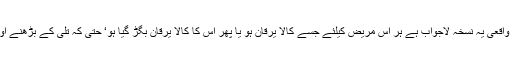
حتیٰ کہ دوسروں کو کہا کہ واقعی یہ نسخہ لاجواب ہے ہر اس مریض کیلئے جسے کالا یرقان ہو یا پھر اس کا کالا یرقان بگڑ گیا ہو‘ حتیٰ کہ تلی کے بڑھنے اور بگڑنے میں فائدہ مند ہے۔